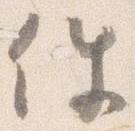
件